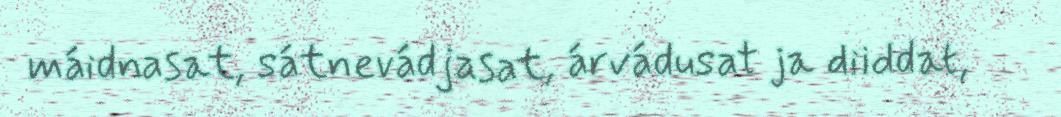
máidnasat, sátnevádjasat, árvádusat ja diiddat,